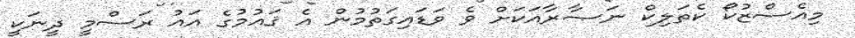
މިއެސްޒުކޯ ކެތަލިކް ނަޞާރާއަކަށް ވެ ވަޑައިގަތުމުން އެ ޤައުމުގެ އައު ރަސްމީ ދީނަކީ